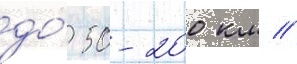
до́ 50-200 км //